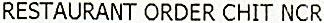
RESTAURANT ORDER CHIT NCR